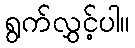
ရွက်လွှင့်ပါ။